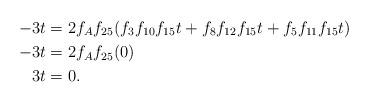
LaTeX: \begin{align*}-3t &= 2f_Af_{25}(f_3f_{10}f_{15}t + f_8f_{12}f_{15}t + f_5f_{11}f_{15}t)\\-3t &= 2f_Af_{25}(0)\\3t &= 0.\end{align*}